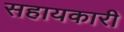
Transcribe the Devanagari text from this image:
सहायकारी